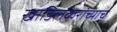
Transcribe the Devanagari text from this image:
खाडिलकरांच्याच